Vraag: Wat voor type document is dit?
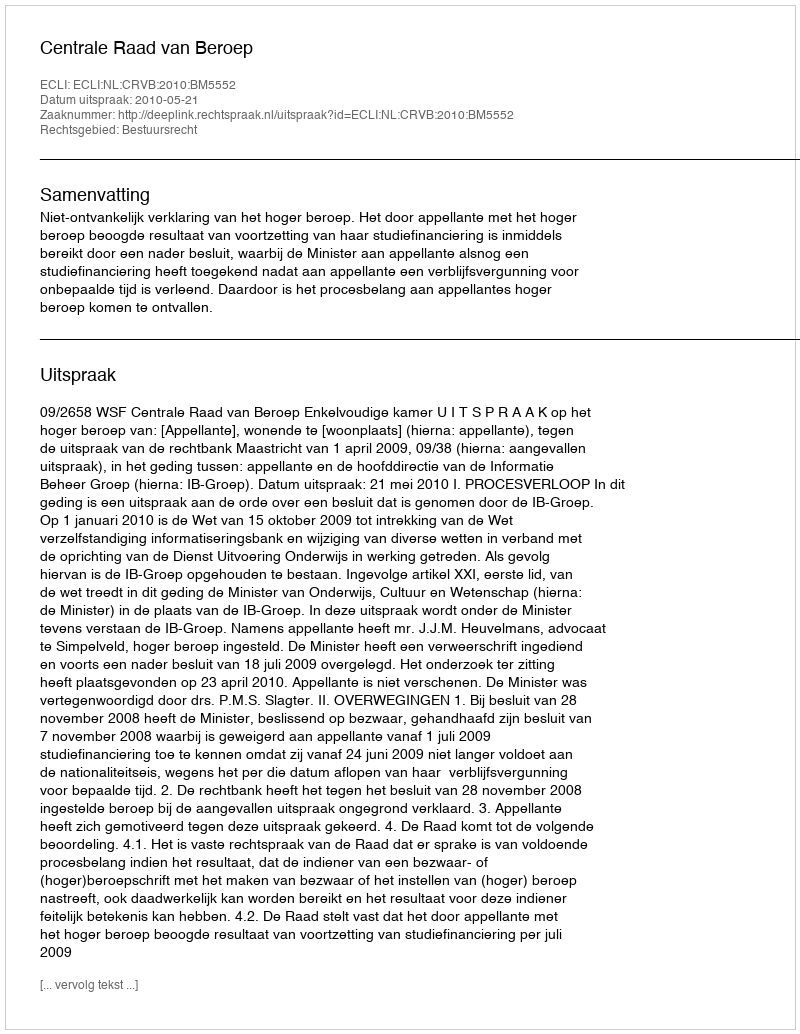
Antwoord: Uitspraak